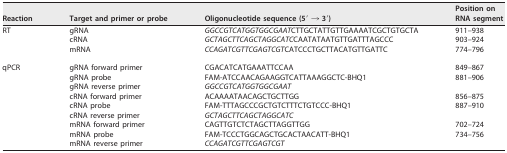
<table><thead><tr><td><b>Reaction</b></td><td><b>Target and primer or probe</b></td><td><b>Oligonucleotide sequence (5′ → 3′)</b></td><td><b>Position on RNA segment</b></td></tr></thead><tbody><tr><td>RT</td><td>gRNA</td><td><i>GGCCGTCATGGTGGCGAAT</i>CTTGCTATTGTTGAAAATCGCTGTGCTA</td><td>911–938</td></tr><tr><td></td><td>cRNA</td><td><i>GCTAGCTTCAGCTAGGCATC</i>CAATATAATGTTGATTTAGCCC</td><td>903–924</td></tr><tr><td></td><td>mRNA</td><td><i>CCAGATCGTTCGAGTCGT</i>CATCCCTGCTTACATGTTGATTC</td><td>774–796</td></tr><tr><td>qPCR</td><td>gRNA forward primer</td><td>CGACATCATGAAATTCCAA</td><td>849–867</td></tr><tr><td></td><td>gRNA probe</td><td>FAM-ATCCAACAGAAGGTCATTAAAGGCTC-BHQ1</td><td>881–906</td></tr><tr><td></td><td>gRNA reverse primer</td><td><i>GGCCGTCATGGTGGCGAAT</i></td><td></td></tr><tr><td></td><td>cRNA forward primer</td><td>ACAAAATAACAGCTGCTTGG</td><td>856–875</td></tr><tr><td></td><td>cRNA probe</td><td>FAM-TTTAGCCCGCTGTCTTTCTGTCCC-BHQ1</td><td>887–910</td></tr><tr><td></td><td>cRNA reverse primer</td><td><i>GCTAGCTTCAGCTAGGCATC</i></td><td></td></tr><tr><td></td><td>mRNA forward primer</td><td>CAGTTGTCTCTAGCTTAGGTTGG</td><td>702–724</td></tr><tr><td></td><td>mRNA probe</td><td>FAM-TCCCTGGCAGCTGCACTAACATT-BHQ1</td><td>734–756</td></tr><tr><td></td><td>mRNA reverse primer</td><td><i>CCAGATCGTTCGAGTCGT</i></td><td></td></tr></tbody></table>